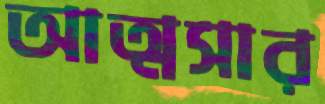
আত্মসার